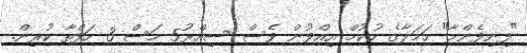
"ފިނިފެންމާ" ހަމަލާގެ ހުކުމް އިއްވުން ވެސް ސިއްރު5 މަސް 3 ހަފްތާ ކުރިން.